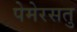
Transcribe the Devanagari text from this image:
पेमेरसतु